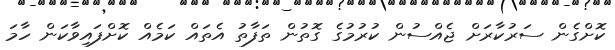
ކޮށްގެން ސަރުކާރަށް ޖެއްސުން ކުރުމުގެ ގޮތުން ތަފާތު އެތައް ކަމެއް ކޮށްފައިވާކަން ހާމަ